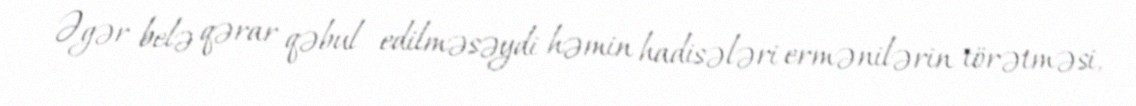
Əgər belə qərar qəbul edilməsəydi həmin hadisələri ermənilərin törətməsi,